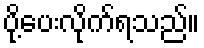
ပို့ပေးလိုက်ရသည်။